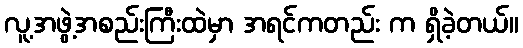
လူ့အဖွဲ့အစည်းကြီးထဲမှာ အရင်ကတည်း က ရှိခဲ့တယ်။